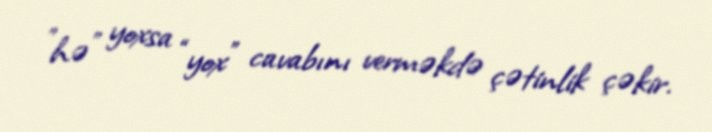
”hə” yoxsa “yox” cavabını verməkdə çətinlik çəkir.